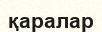
қаралар